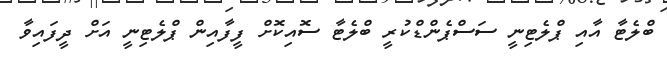
ބްލެޓާ އާއި ޕްލެޓިނީ ސަސްޕެންޑްކުރީ ބްލެޓާ ސޮއިކޮށް ފީފާއިން ޕްލެޓިނީ އަށް ދީފައިވާ